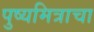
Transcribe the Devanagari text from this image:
पुष्यमित्राचा